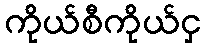
ကိုယ်စီကိုယ်ငှ